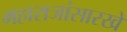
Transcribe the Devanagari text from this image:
महाराजांसारखे